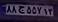
۸۸ج۵۵۷۱۳